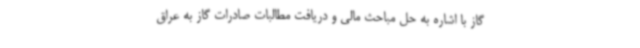
گاز با اشاره به حل مباحث مالی و دریافت مطالبات صادرات گاز به عراق